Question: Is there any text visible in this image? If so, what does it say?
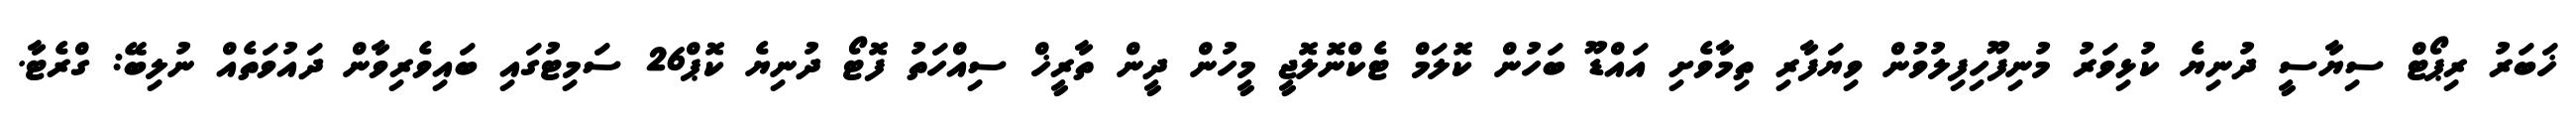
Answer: ޚަބަރު ރިޕޯޓް ސިޔާސީ ދުނިޔެ ކުޅިވަރު މުނިފޫހިފިލުވުން ވިޔަފާރި ތިމާވެށި އައްޑޫ ބަހުން ކޮލަމް ޓެކްނޮލޮޖީ މީހުން ދީން ތާރީޚް ސިއްހަތު ފޮޓޯ ދުނިޔެ ކޮޕް26 ސަމިޓުގައި ބައިވެރިވާން ދައުވަތެއް ނުލިބޭ: ގްރެޓާ.